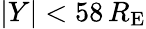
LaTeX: |Y|<58\, R_{\mathrm{E}}